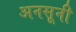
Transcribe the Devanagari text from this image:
अनसूनी